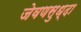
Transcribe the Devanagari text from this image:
जेवणसुध्दा